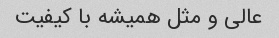
عالی و مثل همیشه با کیفیت